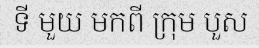
ទី មួយ មកពី ក្រុម បួស